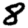
Digit: 8